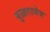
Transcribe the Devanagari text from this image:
बुख़रायेव